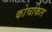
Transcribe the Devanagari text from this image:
कोचकित